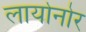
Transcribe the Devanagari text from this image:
लायोनोर